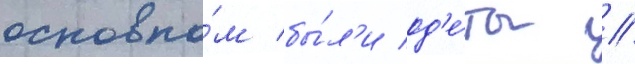
основно́м бы́л'и од'е́ты /